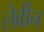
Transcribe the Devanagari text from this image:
लेवीन